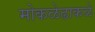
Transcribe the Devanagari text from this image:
मोकळेढाकळे